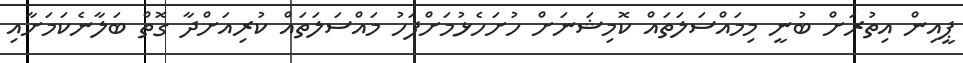
ޕީއިން އިތުރަށް ބުނީ މިމައްސަލަތައް ކޮމިޝަނަށް ހުށަހެޅުމަށްފަހު މައްސަލަތައް ކުރިއަށްދާ ގޮތް ބަލާނެކަމަށާއި